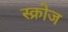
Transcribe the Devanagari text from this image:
स्क्रोज